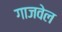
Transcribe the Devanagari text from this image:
गाजवेल